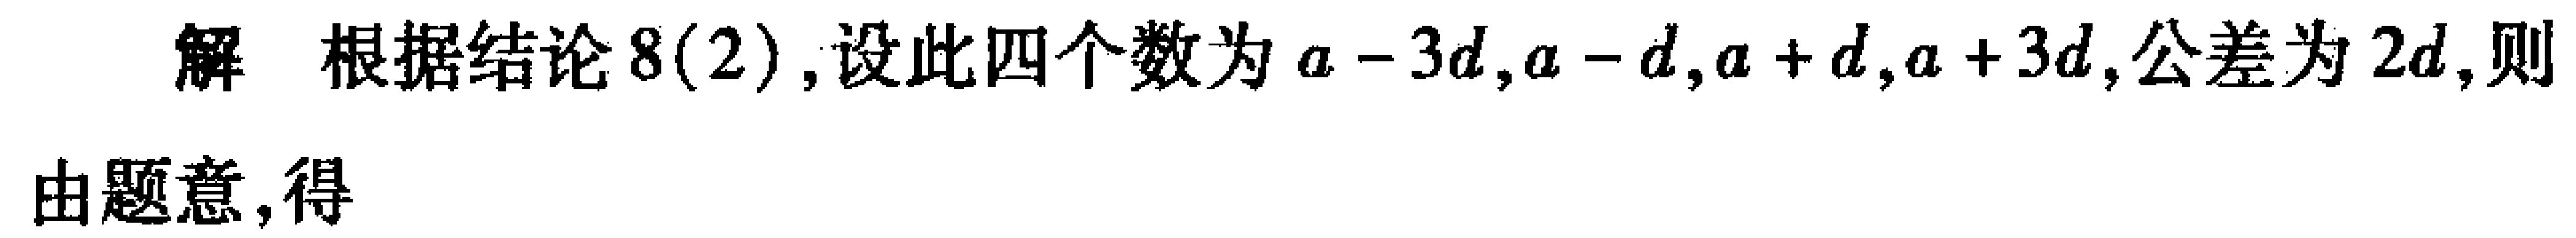
解 根据结论8(2), 设此四个数为\(a - 3d,a - d,a + d,a + 3d\), 公差为\(2d\), 则

由题意, 得